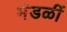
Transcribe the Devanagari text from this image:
मंडळीं